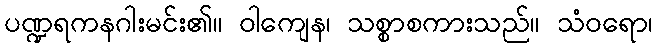
ပဏ္ဍရကနဂါးမင်း၏။ ဝါကျေန၊ သစ္စာစကားသည်။ သံဝရော၊